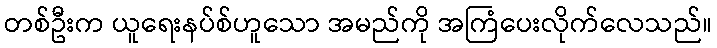
တစ်ဦးက ယူရေးနပ်စ်ဟူသော အမည်ကို အကြံပေးလိုက်လေသည်။